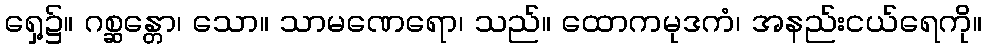
ရှေ့၌။ ဂစ္ဆန္တော၊ သော။ သာမဏေရော၊ သည်။ ထောကမုဒကံ၊ အနည်းငယ်ရေကို။